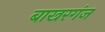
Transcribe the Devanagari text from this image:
बाखरगंज